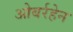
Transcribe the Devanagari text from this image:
ओबर्रहेन